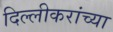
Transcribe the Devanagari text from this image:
दिल्लीकरांच्या